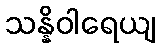
သန္နိဝါရေယျ